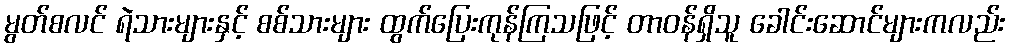
မွတ်စလင် ရဲသားများနှင့် စစ်သားများ ထွက်ပြေးကုန်ကြသဖြင့် တာဝန်ရှိသူ ခေါင်းဆောင်များကလည်း